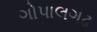
ગોપાલગઢ